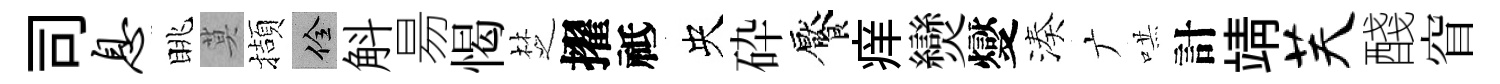
司息眺莫擷佺斛昜愒椘擢祗央砕饜痒𤓖燮湊广哄計靖芙醆窅